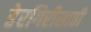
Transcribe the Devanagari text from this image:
हेरगिरीसाठी